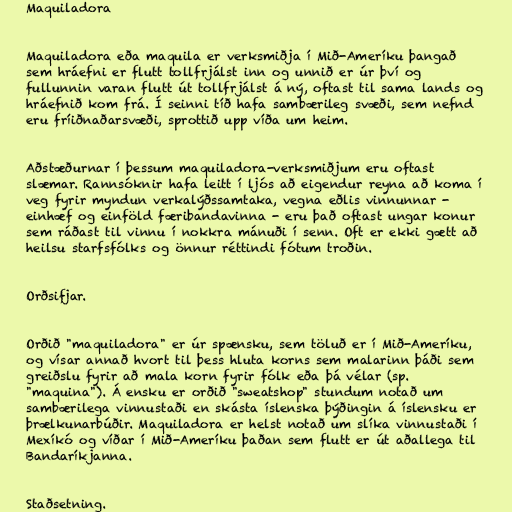
Maquiladora

Maquiladora eða maquila er verksmiðja í Mið-Ameríku þangað
sem hráefni er flutt tollfrjálst inn og unnið er úr því og
fullunnin varan flutt út tollfrjálst á ný, oftast til sama lands og
hráefnið kom frá. Í seinni tíð hafa sambærileg svæði, sem nefnd
eru fríiðnaðarsvæði, sprottið upp víða um heim.

Aðstæðurnar í þessum maquiladora-verksmiðjum eru oftast
slæmar. Rannsóknir hafa leitt í ljós að eigendur reyna að koma í
veg fyrir myndun verkalýðssamtaka, vegna eðlis vinnunnar -
einhæf og einföld færibandavinna - eru það oftast ungar konur
sem ráðast til vinnu í nokkra mánuði í senn. Oft er ekki gætt að
heilsu starfsfólks og önnur réttindi fótum troðin.

Orðsifjar.

Orðið "maquiladora" er úr spænsku, sem töluð er í Mið-Ameríku,
og vísar annað hvort til þess hluta korns sem malarinn þáði sem
greiðslu fyrir að mala korn fyrir fólk eða þá vélar (sp.
"maquina"). Á ensku er orðið "sweatshop" stundum notað um
sambærilega vinnustaði en skásta íslenska þýðingin á íslensku er
þrælkunarbúðir. Maquiladora er helst notað um slíka vinnustaði í
Mexíkó og víðar í Mið-Ameríku þaðan sem flutt er út aðallega til
Bandaríkjanna.

Staðsetning.